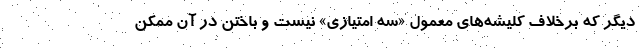
دیگر که برخلاف کلیشه‌های معمول «سه امتیازی» نیست و باختن در آن ممکن